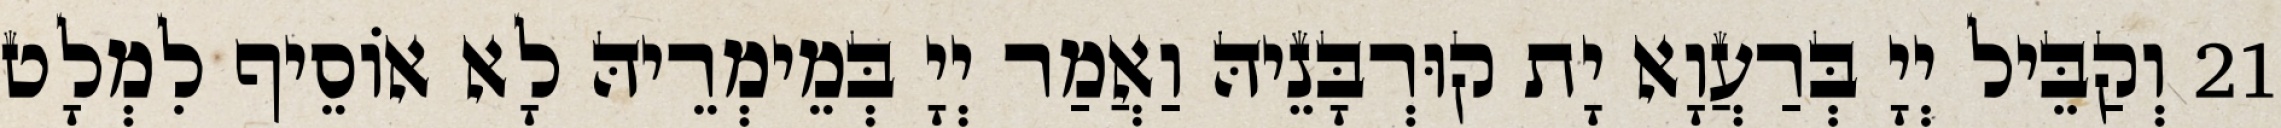
21 וְקַבֵּיל יְיָ בְּרַעֲוָא יָת קוּרְבָּנֵיהּ וַאֲמַר יְיָ בְּמֵימְרֵיהּ לָא אוֹסֵיף לִמְלָט